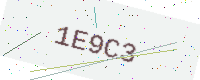
Text: 1E9C3